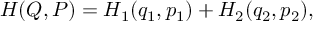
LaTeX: H ( Q , P ) = H _ { 1 } ( q _ { 1 } , p _ { 1 } ) + H _ { 2 } ( q _ { 2 } , p _ { 2 } ) ,